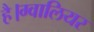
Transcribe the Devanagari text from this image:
है।ग्वालियर